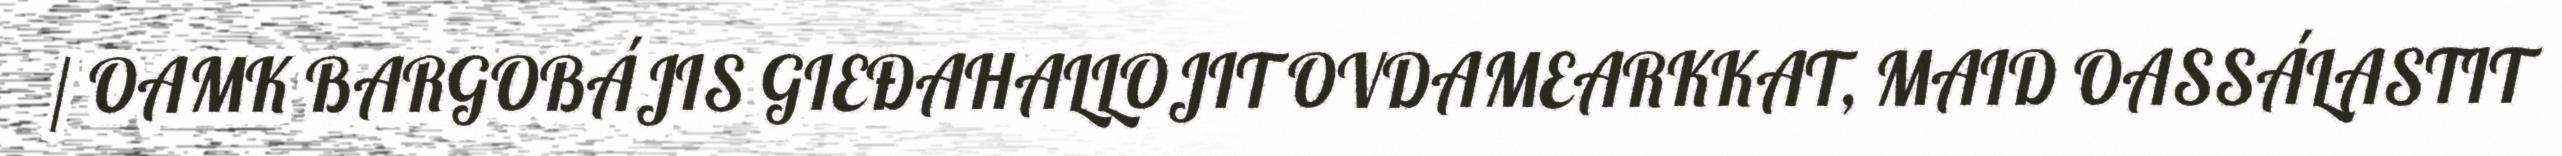
/ OAMK BARGOBÁJIS GIEĐAHALLOJIT OVDAMEARKKAT, MAID OASSÁLASTIT